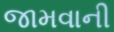
જામવાની